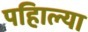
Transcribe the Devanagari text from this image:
पहिाल्या